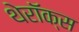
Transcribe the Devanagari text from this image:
थेरॉक्स